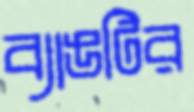
ব্যাঙটির